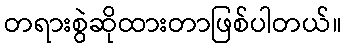
တရားစွဲဆိုထားတာဖြစ်ပါတယ်။